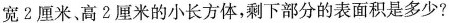
宽2厘米、高2厘米的小长方体，剩下部分的表面积是多少?